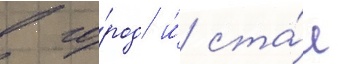
в го́род и́ ста́л